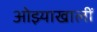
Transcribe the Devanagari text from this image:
ओझ्याखालीं